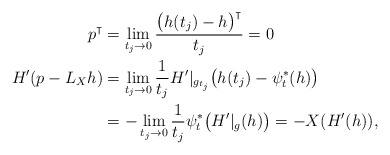
\begin{align*}p^\intercal &= \lim_{t_j\to 0}\frac{ \big(h(t_j)-h\big)^\intercal}{t_j} = 0\\H'(p-L_Xh)& =\lim_{t_j\to 0} \frac{1}{t_j} H'|_{g_{t_j} } \big( h(t_j)- \psi^*_t(h) \big)\\&=-\lim_{t_j\to 0} \frac{1}{t_j} \psi_t^*\big(H'|_{g}(h)\big)=-X(H'(h)),\end{align*}